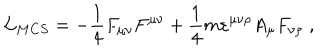
LaTeX: { \cal L } _ { M C S } = - \frac 1 4 F _ { \mu \nu } F ^ { \mu \nu } + \frac 1 4 m \varepsilon ^ { \mu \nu \rho } A _ { \mu } F _ { \nu \rho } \; ,